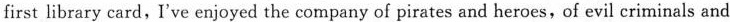
first library card, I've enjoyed the company of pirates and heroes,of evil criminals and